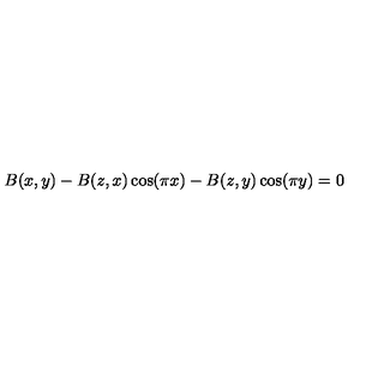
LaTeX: B ( x , y ) - B ( z , x ) \cos ( \pi x ) - B ( z , y ) \cos ( \pi y ) = 0